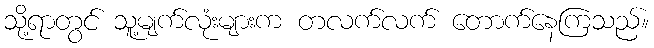
သို့ရာတွင် သူ့မျက်လုံးများက တလက်လက် တောက်နေကြသည်။